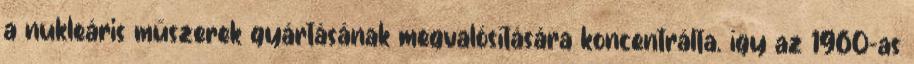
a nukleáris műszerek gyártásának megvalósítására koncentrálta. így az 1960-as